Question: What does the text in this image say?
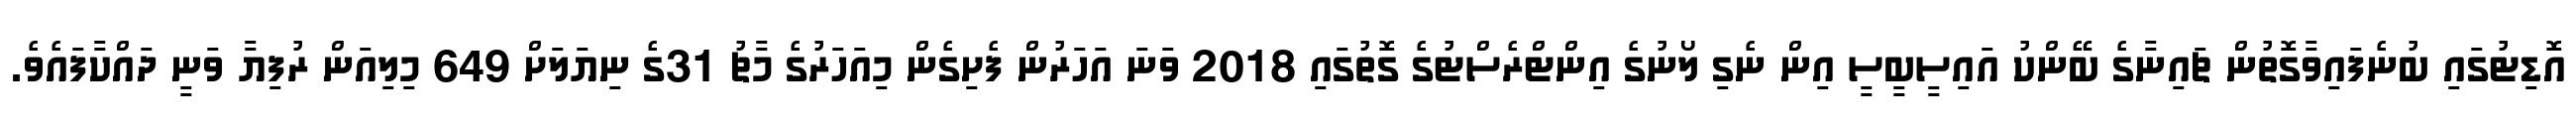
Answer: އޮޑިޓުގައި ބުނެފައިވާގޮތުން ޗައިނާގެ ބޭންކު އައިސީބީސީ އިން ނެގި ލޯނުގެ އިންޓްރެސްޓުގެ ގޮތުގައި 2018 ވަނަ އަހަރުން ފެށިގެން މިއަހަރުގެ މާޗު 31ގެ ނިޔަލަށް 649 މިލިއަން ރުފިޔާ ވަނީ ދައްކާފައެވެ.